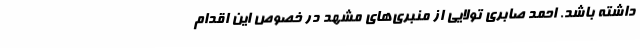
داشته باشد. احمد صابری تولایی از منبری‌های مشهد در خصوص این اقدام